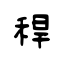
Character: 稈